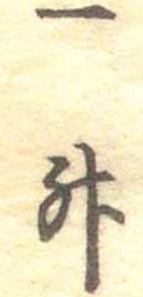
一升